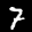
Label: 7